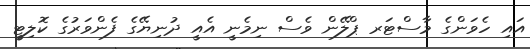
އައި ހެވަންގެ މާސްޓަރ ޕްލޭން ވެސް ނިމެނީ އެއީ ދުނިޔޭގެ ފެންވަރުގެ ކޮލިޓީ